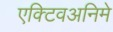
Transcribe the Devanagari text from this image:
एक्टिवअनिमे